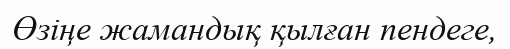
Өзіңе жамандық қылған пендеге,